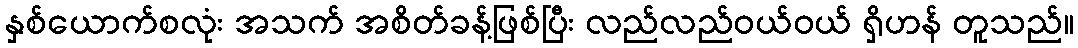
နှစ်ယောက်စလုံး အသက် အစိတ်ခန့်ဖြစ်ပြီး လည်လည်ဝယ်ဝယ် ရှိဟန် တူသည်။